Annual administration report of the Civil Veterinary Department of India - 1893-1894
Year: 1893
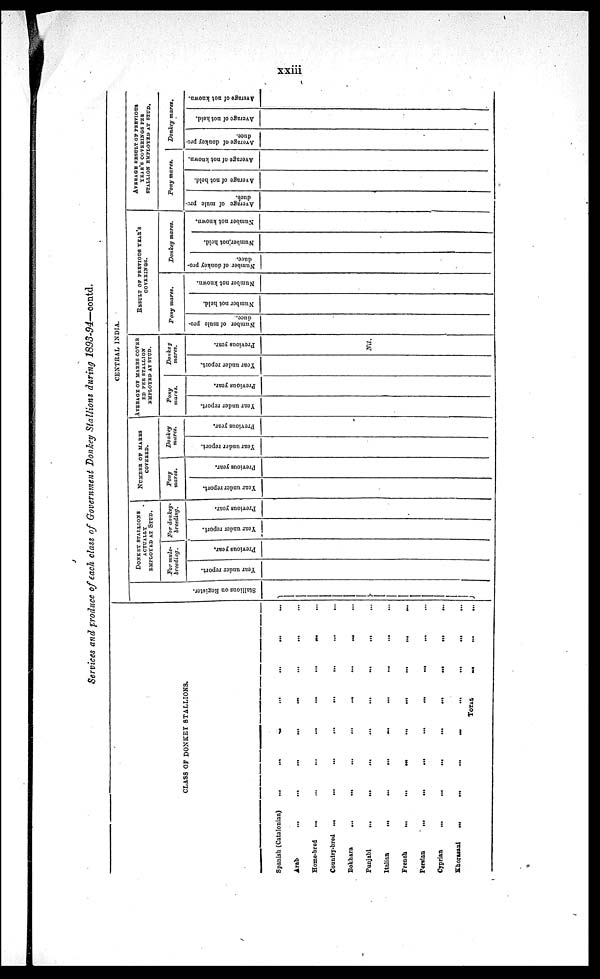
xxiii
Services and produce of each class of Government Donkey Stallions during 1893-94—contd.
CLASS OF DONKEY STALLIONS.
Spanish (Catalonian) ... ... ... ... ... ... ...
Arab ... ... ... ... ... ... ... ...
Home-bred ... ... ... ... ... ... ... ...
Country-bred ... ... ... ... ... ... ... ...
Bokhara ... ... ... ... ... ... ... ...
Punjabi ... ... ... ... ... ... ... ...
Italian ... ... ... ... ... ... ... ...
French ... ... ... ... ... ... ... ...
Persian ... ... ... ... ... ... ... ...
Cyprian ... ... ... ... ... ... ... ...
Khorasani ... ... ... ... ... ... ... ...
TOTAL ... ... ...
CENTRAL INDIA.
Stallions on Resister.
DONKEY STALLIONS
ACTUALLY
EMPLOYED AT STUD.
For mule-
breeding.
Year under report.
Previous year.
For donkey-
breeding.
Year under report.
Previous year.
NUMBER OF MARES
COVERED.
Pony
mares.
Year under report.
Previous year.
Donkey
mares.
Year under report.
Previous year.
AVERAGE OF MARES
COVERED PER STALLION
EMPLOYED AT STUD.
Pony
mares.
Year under report.
Previous year.
Donkey
mares.
Year under report.
Previous year.
Nil.
RESULT OF PREVIOUS YEAR'S
COVERINGS.
Pony mares.
Number of mule pro-
duce.
Number not held.
Number not known.
Donkey mares.
Number of donkey pro-
duce.
Number not held.
Number not known.
AVERAGE RESULT OF PREVIOUS YEAR'S
COVERINGS PER STALLION EMPLOYED
AT STUD.
Pony mares.
Average of mule pro-
duce.
Average of not held.
Average of not known.
Donkey mares.
Average of donkey pro-
duce.
Average of not held.
Average of not known.